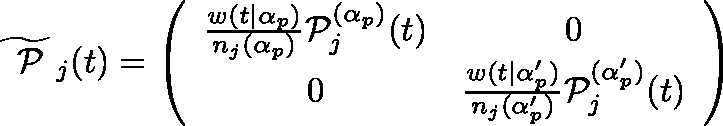
\widetilde { \mathrm { \boldmath ~ \cal ~ P ~ } } _ { j } ( t ) = \left( \begin{array} { c c } { { \frac { w ( t | \alpha _ { p } ) } { n _ { j } ( \alpha _ { p } ) } { \cal P } _ { j } ^ { ( \alpha _ { p } ) } ( t ) } } & { { 0 } } \\ { { 0 } } & { { \frac { w ( t | \alpha _ { p } ^ { \prime } ) } { n _ { j } ( \alpha _ { p } ^ { \prime } ) } { \cal P } _ { j } ^ { ( \alpha _ { p } ^ { \prime } ) } ( t ) } } \end{array} \right)